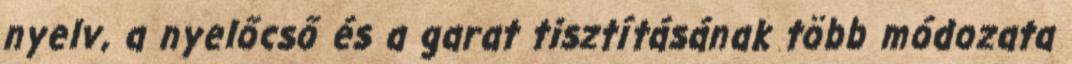
nyelv, a nyelőcső és a garat tisztításának több módozata